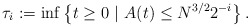
\begin{align*}\tau_i:=\inf\left\{t\ge 0 \ | \ A(t)\le N^{3/2}2^{-i} \right\}.\end{align*}